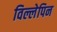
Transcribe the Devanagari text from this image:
विल्लेपिन